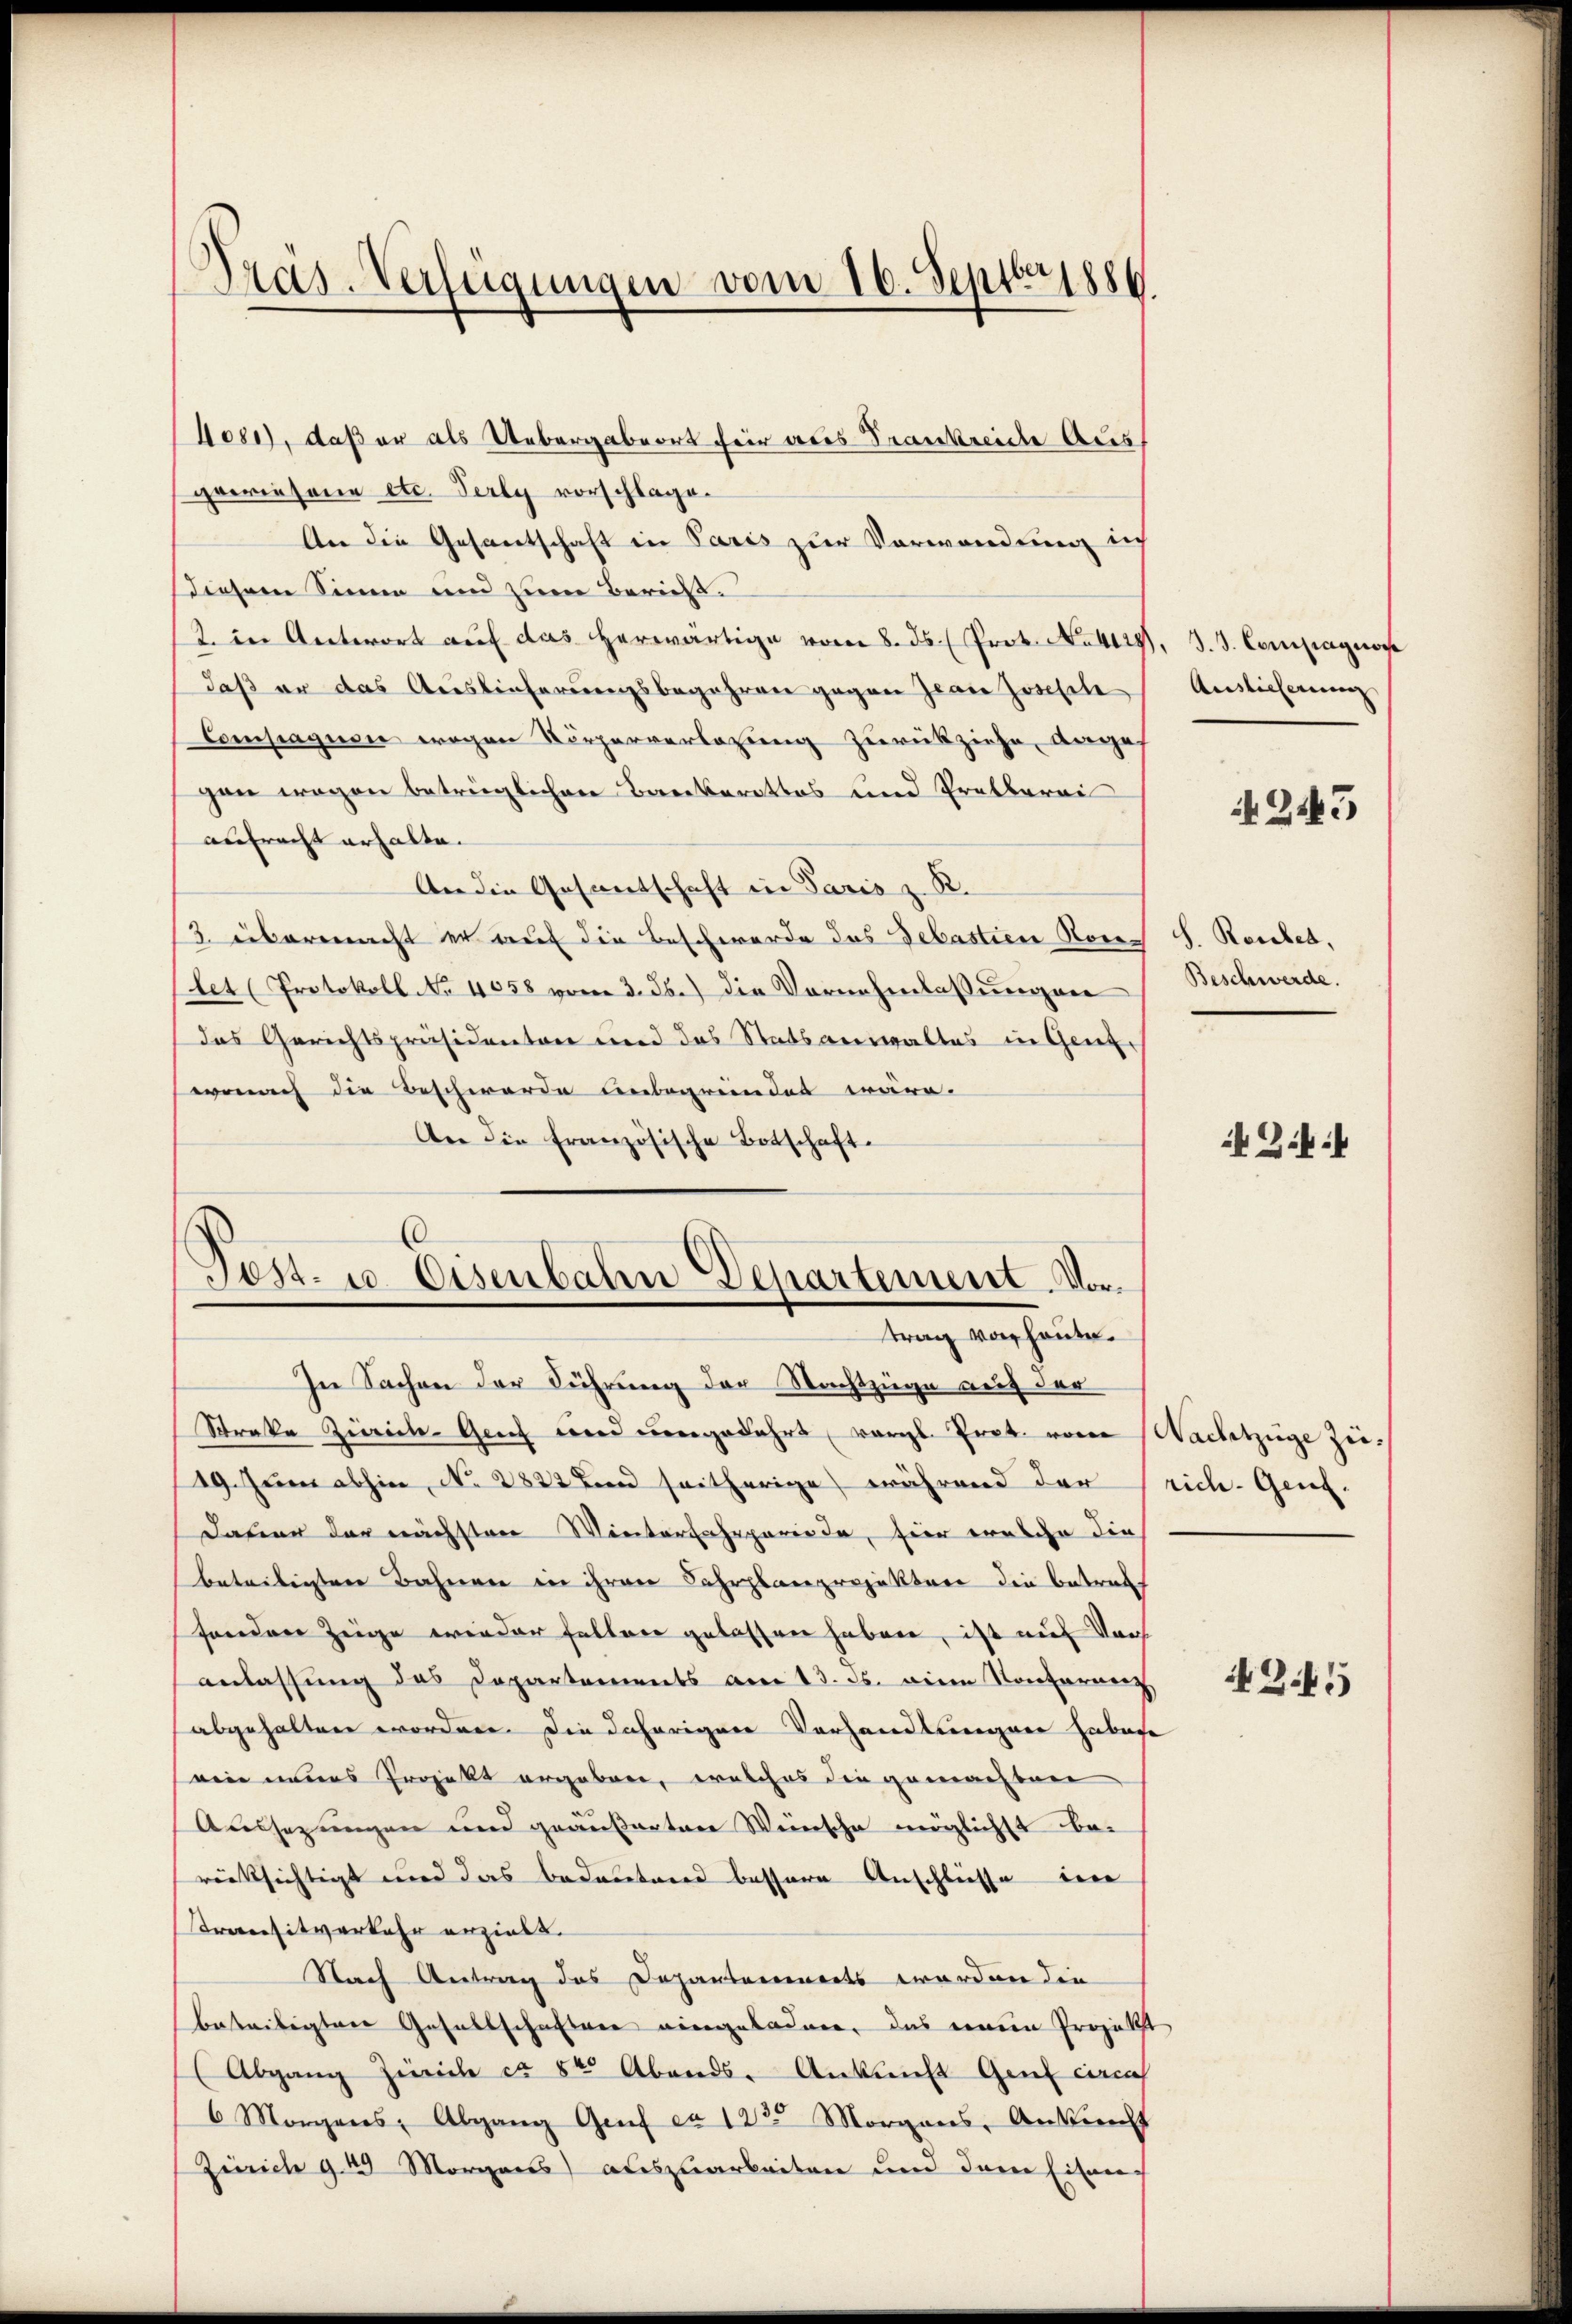
Präs. Verfügungen vom 16. Septbr 1884

4080), daß er als Uebergabeort für aus Frankreiche Ausgewiesene etc. Perly vorschlagen
An die Gesantschaft in Paris zur Verwendung in
diesem Sinne und zum Bericht.
2. in Antwort auf das herwärtige vom 8. ds. Prot. N. 444), J. J. Compagnose
daß er das Auslieferungsbegehren gegen Jean Joseph
Compagnen wegen Körperverlegung zurückziehe, anges
gen wegen betrüglichen Barbarottos und Pratberei
antracht erhalte.
An die Gesantschaft in Paris z. B.
3. übermacht er auf die Beschwerde das Sebastien Nores S. Rauben.
let (Protokoll No 4058 vom 3. b.) die Vornehmlassungene
das Gerichtspräsidenten und das Statsanwaltes in Genzwonach die Beschwerde unbegründet wäre.
An die Französische Botschaft.

Post- u. Eisenbahn Departement. Vortrag von heute.

In Sachen der Führung der Nachtzüge auf der
Streke Zürich. Genf wird eingefahrt vergl. Prot. von Nachtzüge zu¬
19. Juni abhin, No 2822 und seitherige während der riche- Genf.
Dauer der nächsten Wintersaheperiode, hier welche die
betribeister Bahnen in ihren Fahrplanprojekten die betreff
fenden Zeige wieder fallen gelassen haben, ist auf Vor
anlassung das Departements am 13. ds. ein Konfernenz,
abgehalten worden. Die daherigen Vorhandlungen habese
ein neues Projekt ergeben, welches die gemachten
Aussezungen und geäußerten Weinsche möglichst be-
rücksichtigt und das bedeutend bessere Anschliesse in
Transitverkehr erzieht.
Nach Antrag das Departennerts werden die
beteiligten Gesellschafter eingeladen, das einen Projekt
(Abgang Zürich ca 50 Abends. Ankunft Genf circa
6 Morgens, Abgang Genf ca 120 Morgans, Ankunft
Zürich g. 49 Morgens auszuarbeiten und dene Eisen-

Auslieferung

25

Beschwerde.

4 Zif.

Z.45